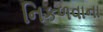
નિકળવાના